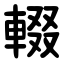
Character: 輟